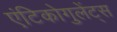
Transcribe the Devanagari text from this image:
एंटिकोगुलेंट्स